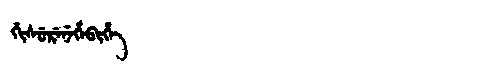
Manchu: ᡤᡳᠰᡠᡵᡝᠨᡝᡥᡝᠪᡳᡥᡝ
Romanization: GISURENEHEBIHE